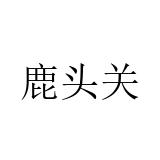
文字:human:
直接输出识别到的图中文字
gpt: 鹿头关